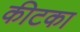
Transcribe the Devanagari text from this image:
कीटका